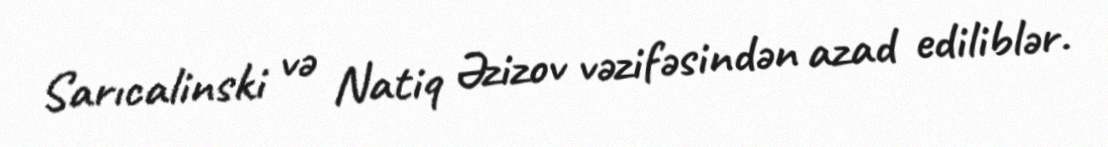
Sarıcalinski və Natiq Əzizov vəzifəsindən azad ediliblər.